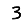
Digit: 3